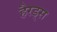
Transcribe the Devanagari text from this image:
हैरड्स